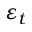
\varepsilon _ { t }